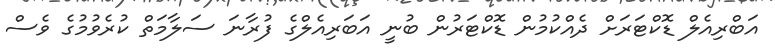
އަބްރިއެލް ޑޮކްޓަރަށް ދެއްކުމުން ޑޮކްޓަރުން ބުނީ އަބަރިއެލްގެ ފުރާނަ ސަލާމަތް ކުރެވުމުގެ ވެސް